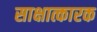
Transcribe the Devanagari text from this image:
साक्षात्कारक